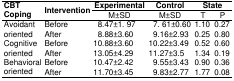
<table><thead><tr><td rowspan="2"><b>CBT Coping</b></td><td rowspan="2"><b>Intervention</b></td><td><b>Experimental</b></td><td><b>Control</b></td><td colspan="2"><b>State</b></td></tr><tr><td><b>M±SD</b></td><td><b>M±SD</b></td><td><b>T</b></td><td><b>P</b></td></tr></thead><tbody><tr><td rowspan="2">Avoidant oriented</td><td>Before</td><td>08.47±1. 97</td><td>07. 61±0.60</td><td>1.10</td><td>0.27</td></tr><tr><td>After</td><td>08.88±3.60</td><td>09.16±2.93</td><td>0.25</td><td>0.80</td></tr><tr><td rowspan="2">Cognitive oriented</td><td>Before</td><td>10.88±3.60</td><td>10.22±3.49</td><td>0.52</td><td>0.60</td></tr><tr><td>After</td><td>13.05±4.29</td><td>11.27±3.5</td><td>1.34</td><td>0.19</td></tr><tr><td rowspan="2">Behavioral oriented</td><td>Before</td><td>10.47±2.42</td><td>09.55±3.43</td><td>0.90</td><td>0.36</td></tr><tr><td>After</td><td>11.70±3.45</td><td>09.83±2.77</td><td>1.77</td><td>0.08</td></tr></tbody></table>